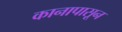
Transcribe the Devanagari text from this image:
कानापासून